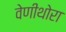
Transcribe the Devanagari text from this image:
वेणीथोरा